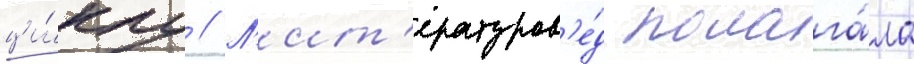
ци́клу // Л'ит'ературов'е́д полага́ла